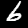
Label: 6